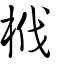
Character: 栰